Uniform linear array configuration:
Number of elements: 64
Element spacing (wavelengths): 0.75
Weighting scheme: blackman
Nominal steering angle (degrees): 30
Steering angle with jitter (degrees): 30.052
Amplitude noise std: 0.05
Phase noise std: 0.05

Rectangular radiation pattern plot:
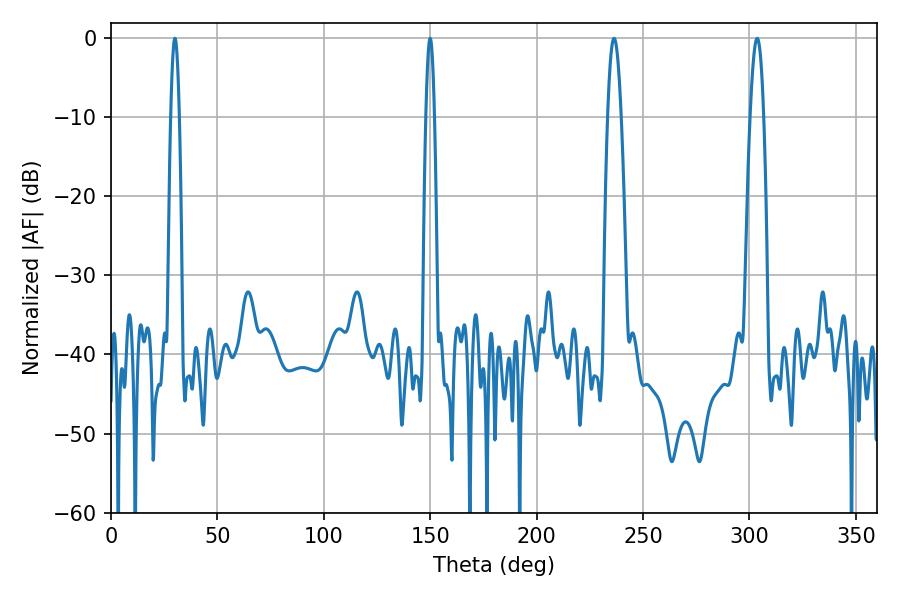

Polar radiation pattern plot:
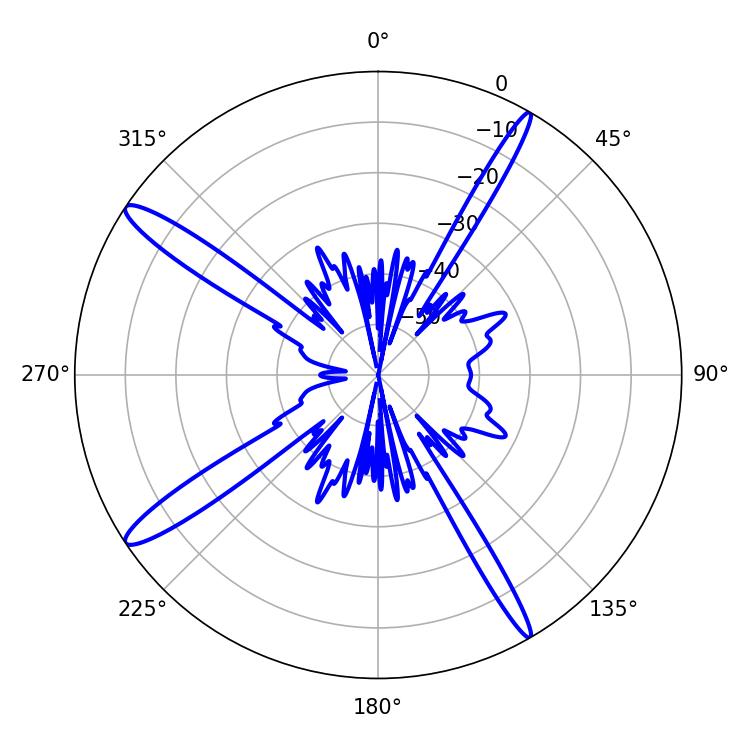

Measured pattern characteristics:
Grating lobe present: TRUE
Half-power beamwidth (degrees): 2.16
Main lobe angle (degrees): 30.06